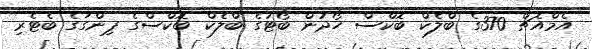
އެމްއެޗް 370ގެ ބްލެކް ބޮކްސް ހޯދުން ބޯޓުގެ ބްލެކް ބޮކްސްގެ ޕިންގަގެ ބެޓެރި